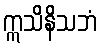
ဣသိနိသဘံ